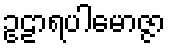
ဥဠာရပါမောဇ္ဇာ